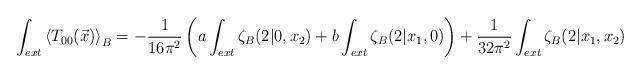
LaTeX: \begin{align*}\int_{ext} \left<T_{00}(\vec{x})\right>_B = -\frac1{16\pi^2}\left(a\int_{ext}\zeta_B(2|0,x_2) + b\int_{ext}\zeta_B(2|x_1,0)\right) +\frac1{32\pi^2}\int_{ext}\zeta_B(2|x_1,x_2)\end{align*}